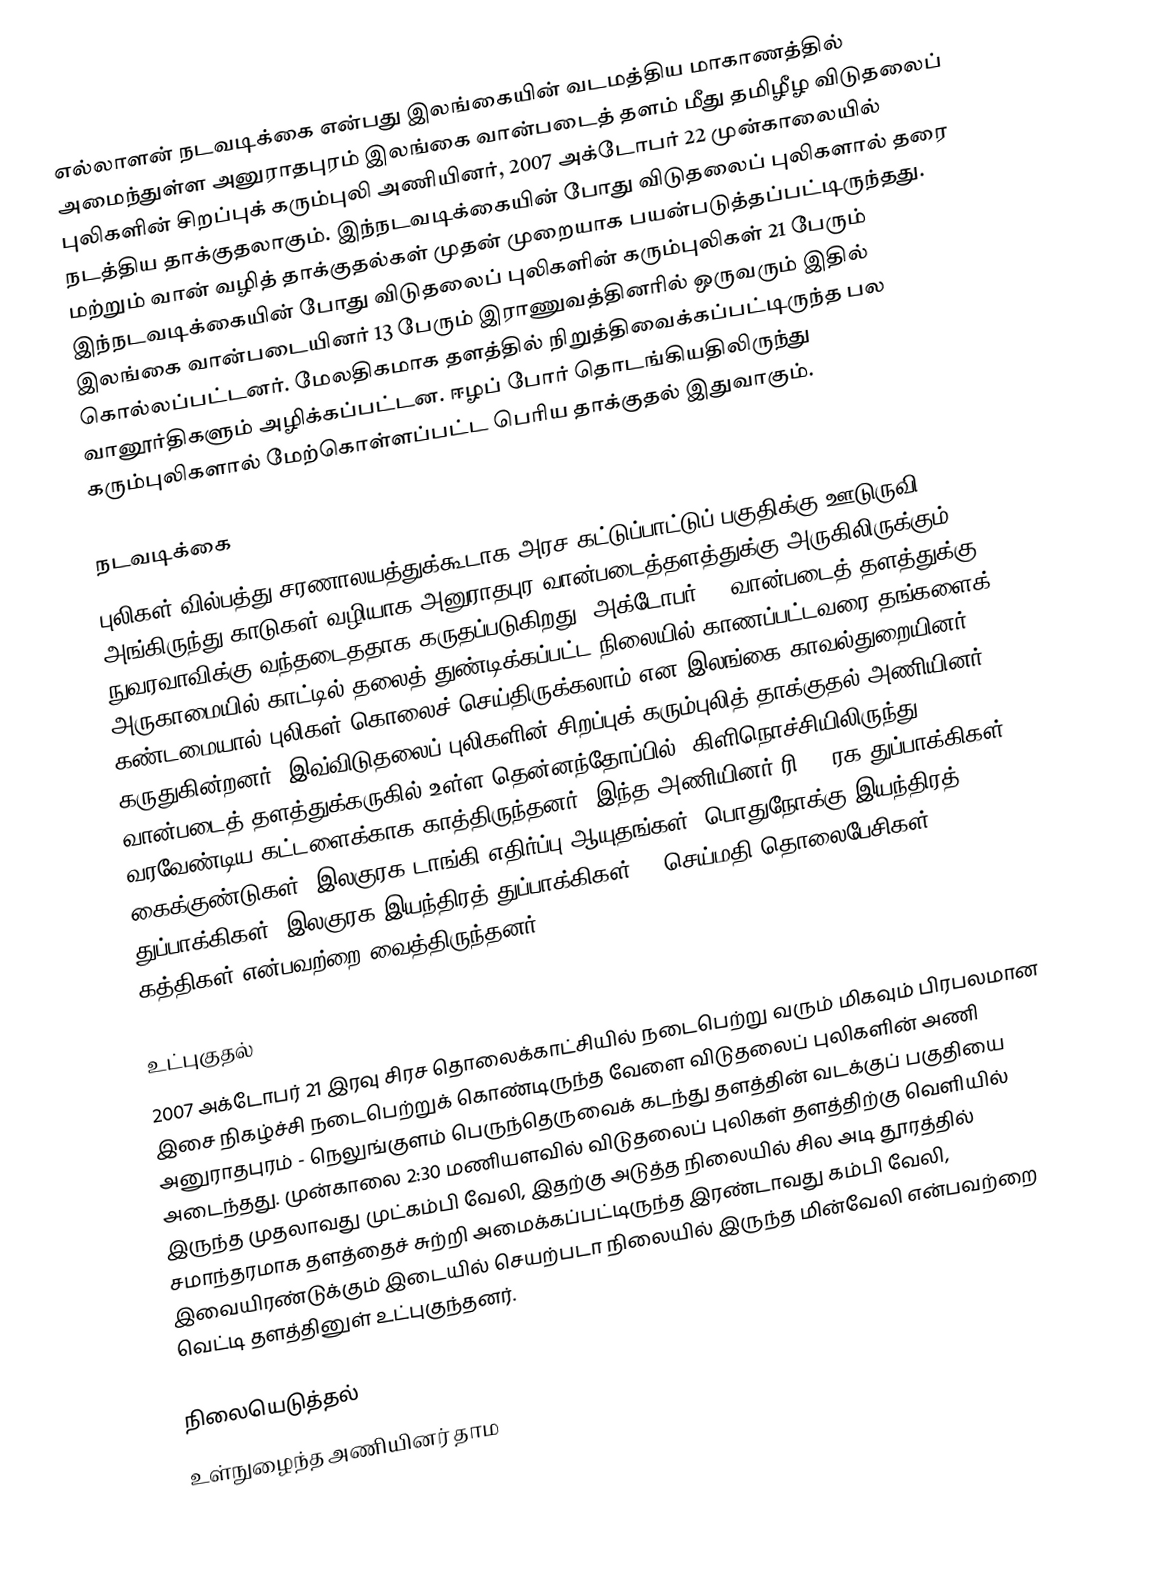
எல்லாளன் நடவடிக்கை என்பது இலங்கையின் வடமத்திய மாகாணத்தில் அமைந்துள்ள அனுராதபுரம் இலங்கை வான்படைத் தளம் மீது தமிழீழ விடுதலைப் புலிகளின் சிறப்புக் கரும்புலி அணியினர், 2007 அக்டோபர் 22 முன்காலையில் நடத்திய தாக்குதலாகும். இந்நடவடிக்கையின் போது விடுதலைப் புலிகளால் தரை மற்றும் வான் வழித் தாக்குதல்கள் முதன் முறையாக பயன்படுத்தப்பட்டிருந்தது. இந்நடவடிக்கையின் போது விடுதலைப் புலிகளின் கரும்புலிகள் 21 பேரும் இலங்கை வான்படையினர் 13 பேரும் இராணுவத்தினரில் ஒருவரும் இதில் கொல்லப்பட்டனர். மேலதிகமாக தளத்தில் நிறுத்திவைக்கப்பட்டிருந்த பல வானூர்திகளும் அழிக்கப்பட்டன. ஈழப் போர் தொடங்கியதிலிருந்து கரும்புலிகளால் மேற்கொள்ளப்பட்ட பெரிய தாக்குதல் இதுவாகும்.

நடவடிக்கை
புலிகள் வில்பத்து சரணாலயத்துக்கூடாக அரச கட்டுப்பாட்டுப் பகுதிக்கு ஊடுருவி அங்கிருந்து காடுகள் வழியாக அனுராதபுர வான்படைத்தளத்துக்கு அருகிலிருக்கும் நுவரவாவிக்கு வந்தடைததாக கருதப்படுகிறது. அக்டோபர் 22 வான்படைத் தளத்துக்கு அருகாமையில் காட்டில் தலைத் துண்டிக்கப்பட்ட நிலையில் காணப்பட்டவரை தங்களைக் கண்டமையால் புலிகள் கொலைச் செய்திருக்கலாம் என இலங்கை காவல்துறையினர் கருதுகின்றனர். இவ்விடுதலைப் புலிகளின் சிறப்புக் கரும்புலித் தாக்குதல் அணியினர் வான்படைத் தளத்துக்கருகில் உள்ள தென்னந்தோப்பில், கிளிநொச்சியிலிருந்து வரவேண்டிய கட்டளைக்காக காத்திருந்தனர். இந்த அணியினர் ரி-56 ரக துப்பாக்கிகள், கைக்குண்டுகள், இலகுரக டாங்கி எதிர்ப்பு ஆயுதங்கள், பொதுநோக்கு இயந்திரத் துப்பாக்கிகள், இலகுரக இயந்திரத் துப்பாக்கிகள், 7 செய்மதி தொலைபேசிகள், கத்திகள் என்பவற்றை வைத்திருந்தனர்.

உட்புகுதல்
2007 அக்டோபர் 21 இரவு சிரச தொலைக்காட்சியில் நடைபெற்று வரும் மிகவும் பிரபலமான இசை நிகழ்ச்சி நடைபெற்றுக் கொண்டிருந்த வேளை விடுதலைப் புலிகளின் அணி அனுராதபுரம் - நெலுங்குளம் பெருந்தெருவைக் கடந்து தளத்தின் வடக்குப் பகுதியை அடைந்தது. முன்காலை 2:30 மணியளவில் விடுதலைப் புலிகள் தளத்திற்கு வெளியில் இருந்த முதலாவது முட்கம்பி வேலி, இதற்கு அடுத்த நிலையில் சில அடி தூரத்தில் சமாந்தரமாக தளத்தைச் சுற்றி அமைக்கப்பட்டிருந்த இரண்டாவது கம்பி வேலி, இவையிரண்டுக்கும் இடையில் செயற்படா நிலையில் இருந்த மின்வேலி என்பவற்றை வெட்டி தளத்தினுள் உட்புகுந்தனர்.

நிலையெடுத்தல்
உள்நுழைந்த அணியினர் தாம